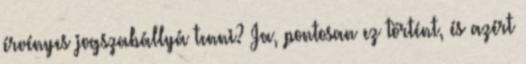
érvényes jogszabállyá tenni? Ja, pontosan ez történt, és azért